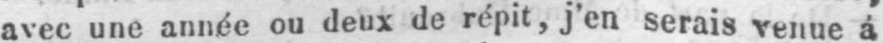
avec une année ou deux de répit, j’en serais venue á